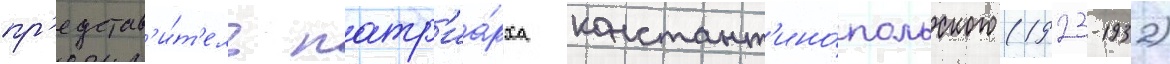
пр'едстав'и́т'ель патр'иа́рха констант'ино́польского (1923-1932)